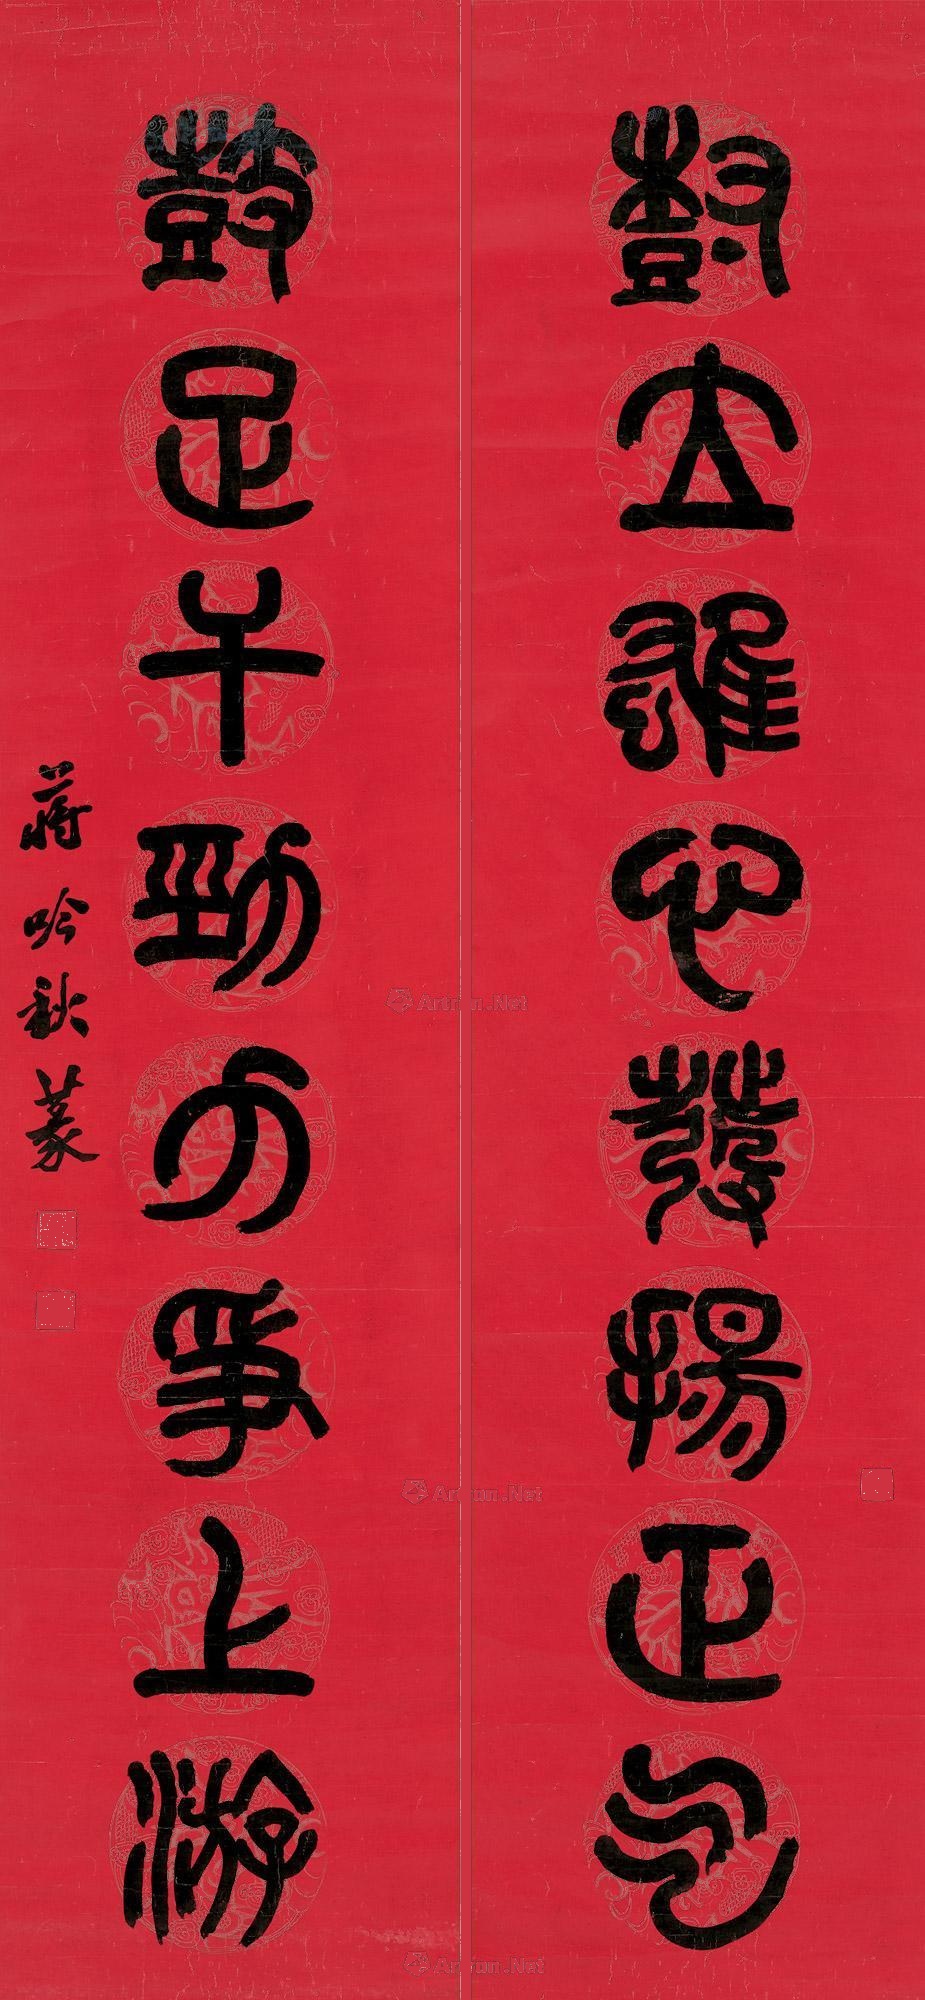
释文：树立雄心发扬正气，鼓足干劲力争上游。蒋吟秋篆。